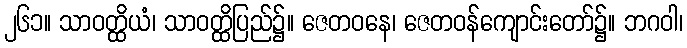
၂၆၁။ သာဝတ္ထိယံ၊ သာဝတ္ထိပြည်၌။ ဇေတဝနေ၊ ဇေတဝန်ကျောင်းတော်၌။ ဘဂဝါ၊